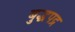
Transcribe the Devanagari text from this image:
बुद्धपद्र